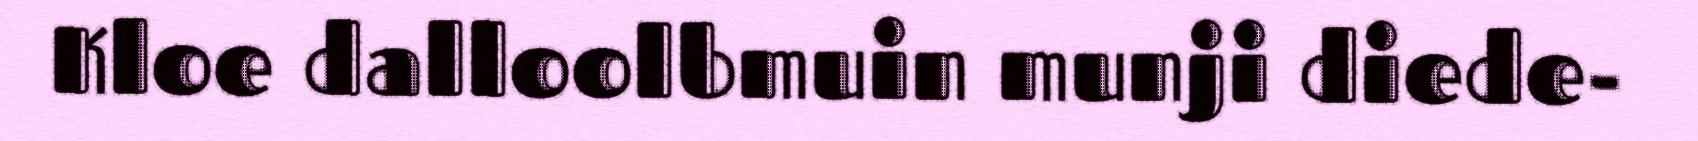
Kloe dalloolbmuin munji diede-